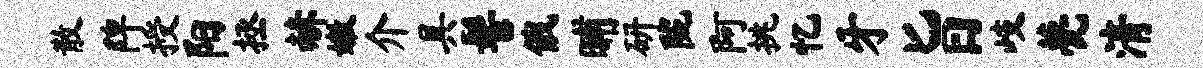
散陴授阳拯赫嫩介具髻俄晡研陇阿挑忆牙旨岐甍清